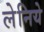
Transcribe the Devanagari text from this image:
लेनिये